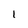
Character: 1